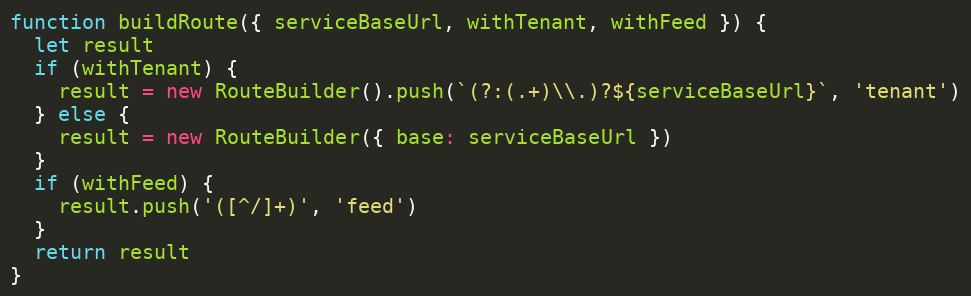
Language: JavaScript
function buildRoute({ serviceBaseUrl, withTenant, withFeed }) {
  let result
  if (withTenant) {
    result = new RouteBuilder().push(`(?:(.+)\\.)?${serviceBaseUrl}`, 'tenant')
  } else {
    result = new RouteBuilder({ base: serviceBaseUrl })
  }
  if (withFeed) {
    result.push('([^/]+)', 'feed')
  }
  return result
}